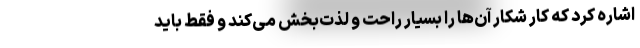
اشاره کرد که کار شکار آن‌ها را بسیار راحت و لذت‌بخش می‌کند و فقط باید